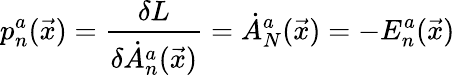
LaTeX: p_{n}^{a}(\vec{x})={\frac{\delta L}{\delta\dot{A}_{n}^{a}(\vec{x})}}=\dot{A}_{N}^{a}(\vec{x})=-E_{n}^{a}(\vec{x})